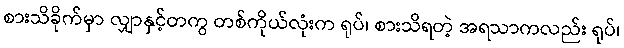
စားသိခိုက်မှာ လျှာနှင့်တကွ တစ်ကိုယ်လုံးက ရုပ်၊ စားသိရတဲ့ အရသာကလည်း ရုပ်၊